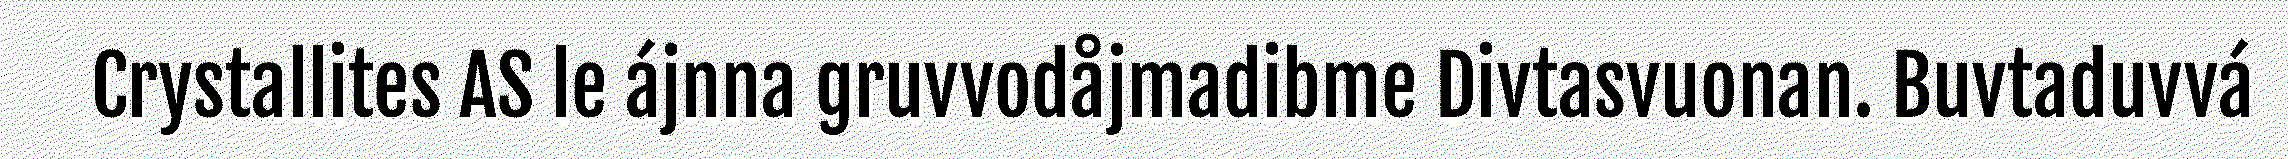
Crystallites AS le ájnna gruvvodåjmadibme Divtasvuonan. Buvtaduvvá